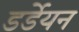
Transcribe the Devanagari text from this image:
डर्डेयन